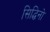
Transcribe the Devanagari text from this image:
सिद्धिनो